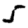
Digit: 5